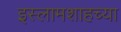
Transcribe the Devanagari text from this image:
इस्लामशाहच्या